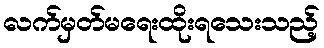
လက်မှတ်မရေးထိုးရသေးသည့်